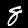
Label: 8